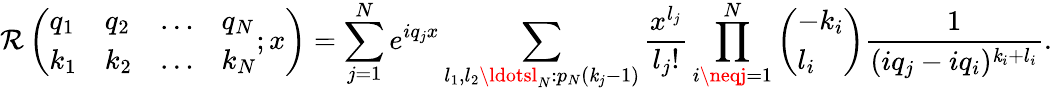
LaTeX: \mathcal{R}\left(\begin{array}{llll}{q_{1}}&{q_{2}}&{\ldots}&{q_{N}}\\ {k_{1}}&{k_{2}}&{\ldots}&{k_{N}}\end{array};x\right)=\sum_{j=1}^{N}e^{iq_{j}x}\sum_{l_{1},l_{2}\ldotsl_{N}:p_{N}(\mathit{k}_{j}-1)}\frac{{x^{l_{j}}}}{{l_{j}!}}\prod_{i\neqj=1}^{N}\left(\begin{array}{l}{-k_{i}}\\ {l_{i}}\end{array}\right)\frac{{1}}{{(iq_{j}-iq_{i})^{\mathit{k}_{i}+l_{i}}}}.